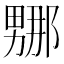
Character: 𭻤